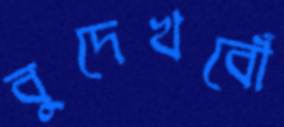
বুদেখবোঁ